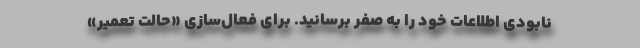
نابودی اطلاعات خود را به صفر برسانید. برای فعال‌سازی «حالت تعمیر»